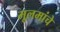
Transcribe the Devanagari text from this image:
मूलमांचे